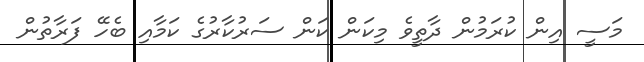
މަސީ އިން ކުރަމުން ދާތީވެ މިކަން ކަން ސަރުކާރުގެ ކަމާއި ބެހޭ ފަރާތުން